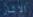
الاثار